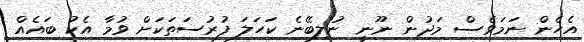
އެހެން ނަމަވެސް މަދުން ނޫނީ ނުލިބޭނެ ކަހަލަ ފުރުސަތަކަށް ވުމާ އެކު ބައެއް